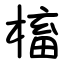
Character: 槒